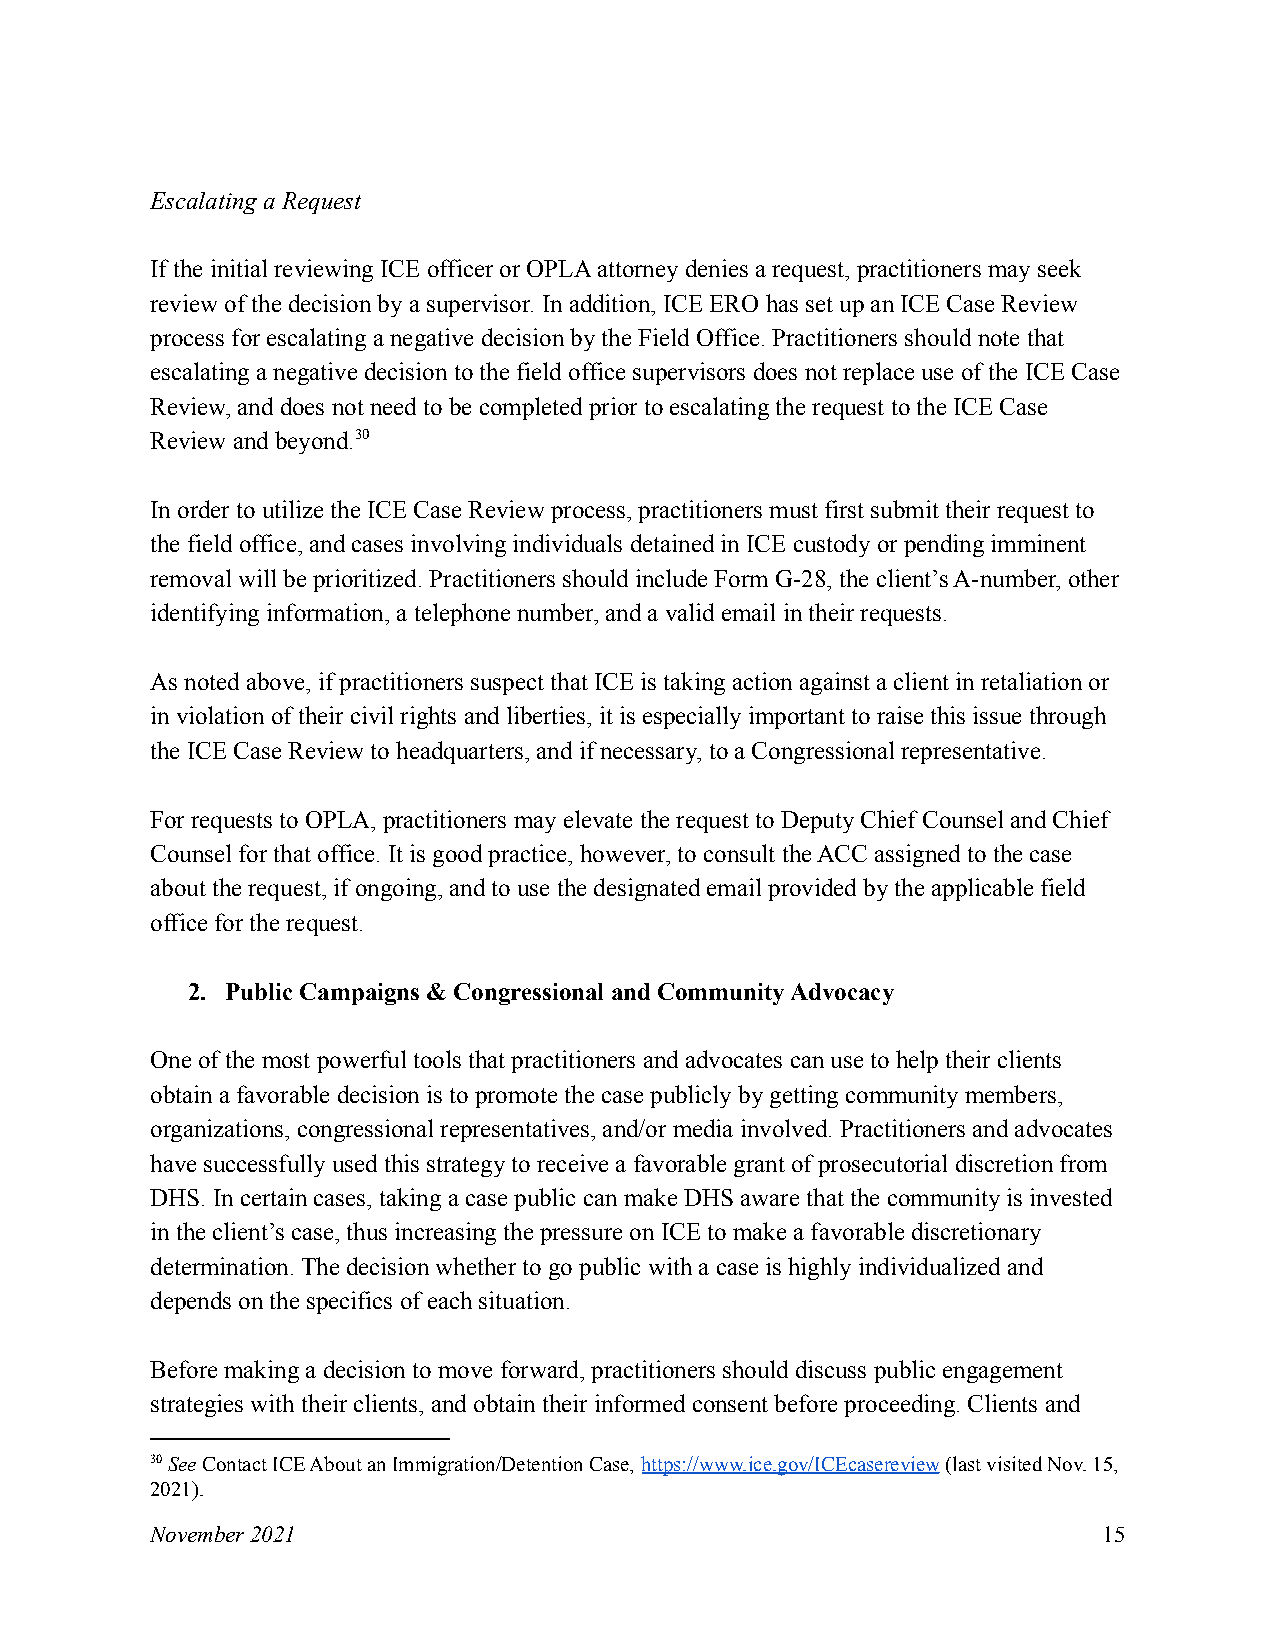
Escalating a Request
 If the initial reviewing ICE officer or OPLA attorney denies a request, practitioners may seek
 review of the decision by a supervisor. In addition, ICE ERO has set up an ICE Case Review
 process for escalating a negative decision by the Field Office. Practitioners should note that
 escalating a negative decision to the field office supervisors does not replace use of the ICE Case
 Review, and does not need to be completed prior to escalating the request to the ICE Case
 Review and beyond.30
 In order to utilize the ICE Case Review process, practitioners must first submit their request to
 the field office, and cases involving individuals detained in ICE custody or pending imminent
 removal will be prioritized. Practitioners should include Form G-28, the client’s A-number, other
 identifying information, a telephone number, and a valid email in their requests.
 As noted above, if practitioners suspect that ICE is taking action against a client in retaliation or
 in violation of their civil rights and liberties, it is especially important to raise this issue through
 the ICE Case Review to headquarters, and if necessary, to a Congressional representative.
 For requests to OPLA, practitioners may elevate the request to Deputy Chief Counsel and Chief
 Counsel for that office. It is good practice, however, to consult the ACC assigned to the case
 about the request, if ongoing, and to use the designated email provided by the applicable field
 office for the request.
 2. Public Campaigns & Congressional and Community Advocacy
 One of the most powerful tools that practitioners and advocates can use to help their clients
 obtain a favorable decision is to promote the case publicly by getting community members,
 organizations, congressional representatives, and/or media involved. Practitioners and advocates
 have successfully used this strategy to receive a favorable grant of prosecutorial discretion from
 DHS. In certain cases, taking a case public can make DHS aware that the community is invested
 in the client’s case, thus increasing the pressure on ICE to make a favorable discretionary
 determination. The decision whether to go public with a case is highly individualized and
 depends on the specifics of each situation.
 Before making a decision to move forward, practitioners should discuss public engagement
 strategies with their clients, and obtain their informed consent before proceeding. Clients and
 30SeeContact ICE About an Immigration/Detention Case, https://www.ice.gov/ICEcasereview(last visited Nov.15,
 2021).
 November 2021                                                  15